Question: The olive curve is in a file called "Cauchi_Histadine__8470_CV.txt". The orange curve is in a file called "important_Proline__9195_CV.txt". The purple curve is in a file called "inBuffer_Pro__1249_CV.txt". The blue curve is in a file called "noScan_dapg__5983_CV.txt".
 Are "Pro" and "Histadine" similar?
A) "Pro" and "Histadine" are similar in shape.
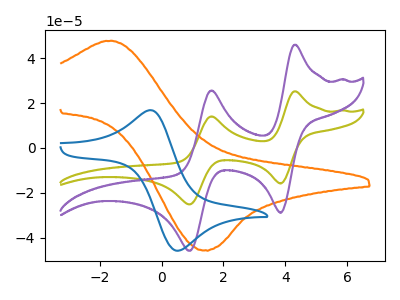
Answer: <think>The olive curve "Histadine" has anodic peaks at (4.30V, 25.25uA) (1.60V, 14.10uA) and cathodic peaks at (3.85V, -15.85uA) (0.90V, -25.15uA). The orange curve "Proline" has an anodic peak at (-1.60V, 47.80uA) and a cathodic peak at (1.40V, -45.65uA). The purple curve "Pro" has anodic peaks at (4.30V, 46.05uA) (1.60V, 25.65uA) and cathodic peaks at (3.85V, -28.90uA) (0.90V, -45.90uA). The blue curve "dapg" has an anodic peak at (-0.30V, 16.70uA) and a cathodic peak at (0.50V, -45.90uA).
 All the peaks in "Pro" have a peak in "Histadine" at the same potential. Every peak in "Pro" is higher than every peak in "Histadine".</think>
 <answer>A) "Pro" and "Histadine" are similar in shape.</answer>
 <eval>A</eval>